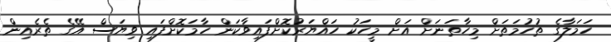
ހަމަލާގެ ތުހުމަތަށް މިހާތަނަށް އަށް މީހަކު ހައްޔަރުކޮށްފައިވާކަން ހާމަކޮށްފައި ވިޔަސް އޭގެ ތެރެއިން